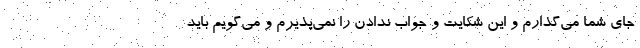
جای شما می‌گذارم و این شکایت و جواب ندادن را نمی‌پذیرم و می‌گویم باید